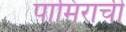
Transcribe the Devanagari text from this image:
पामिराची